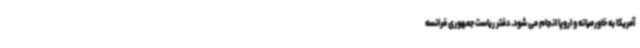
آمریکا به خاورمیانه و اروپا انجام می شود. دفتر ریاست جمهوری فرانسه